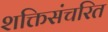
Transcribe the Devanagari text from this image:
शक्तिसंचरित